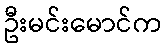
ဦးမင်းမောင်က